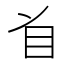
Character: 𱲣